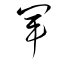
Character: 軍